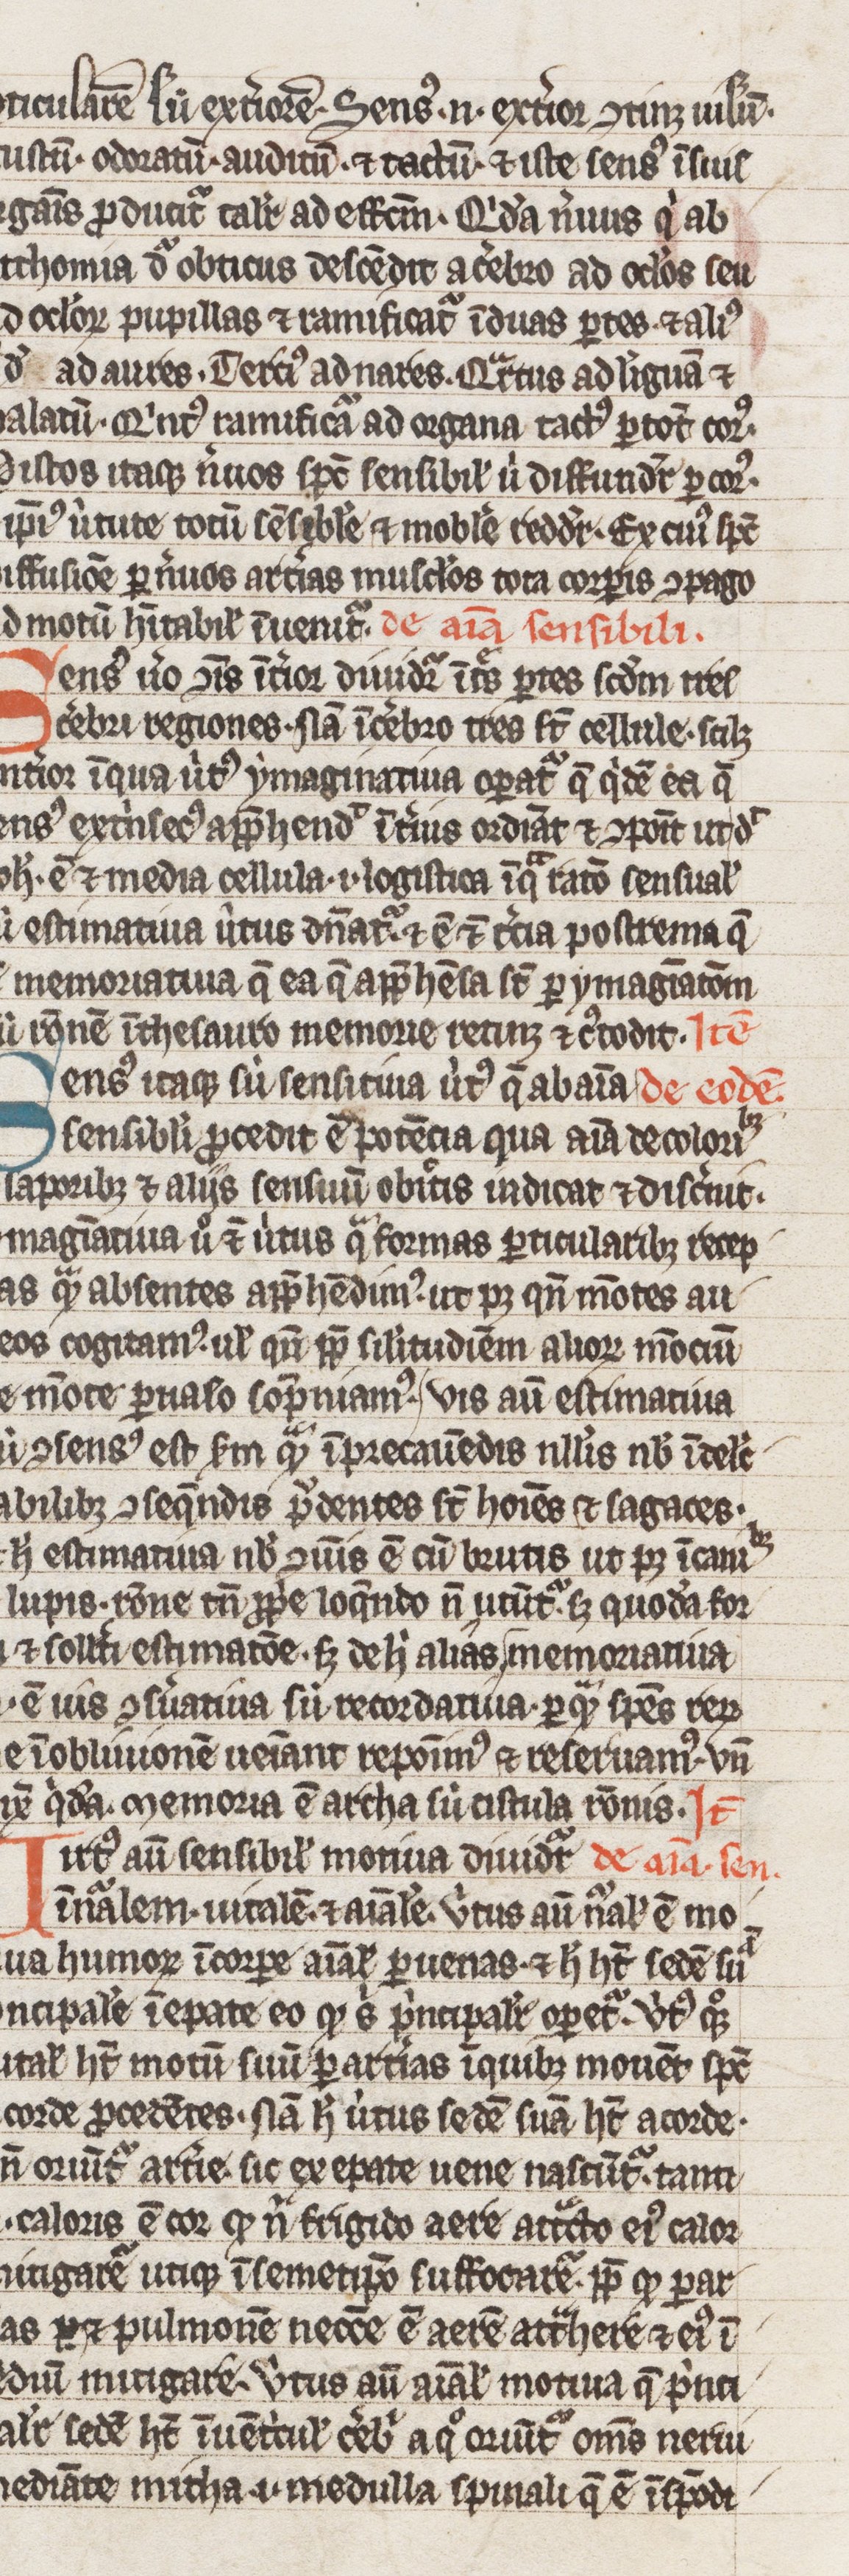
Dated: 1300–1399